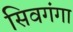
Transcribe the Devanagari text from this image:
सिवगंगा